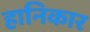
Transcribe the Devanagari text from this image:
हानिकार